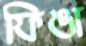
ফিঙা